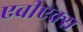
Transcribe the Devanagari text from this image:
एबीएक्स